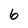
Character: 6